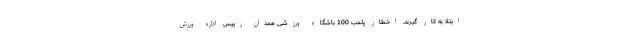
ابتلا به کار گیرند. اخطار پلمب 100 باشگاه ورزشی همدان رییس اداره ورزش